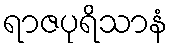
ရာဇပုရိသာနံ